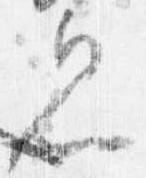
見